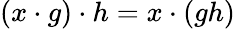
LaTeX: (x\cdot g)\cdot h=x\cdot(gh)